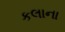
કલાના